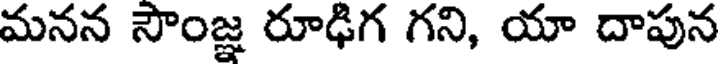
మనన సౌంజ్ఞ రూఢిగ గని, యా దాపున